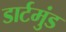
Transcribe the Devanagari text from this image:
डार्टमुंड